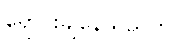
ရောင်းချနေသည်ကို